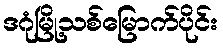
ဒဂုံမြို့သစ်မြောက်ပိုင်း